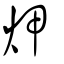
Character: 炠